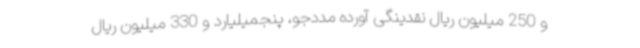
و 250 میلیون ریال نقدینگی آورده مددجو، پنجمیلیارد و 330 میلیون ریال